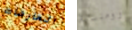
العارضات رومنسية